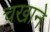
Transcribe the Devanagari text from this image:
चखाने